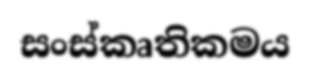
සංස්කෘතිකමය